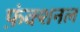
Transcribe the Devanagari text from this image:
फ़ंक्शनल